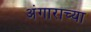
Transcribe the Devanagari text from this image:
अंगाराच्या